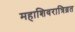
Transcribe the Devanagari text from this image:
महाशिवरात्रिव्रत